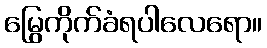
မြွေကိုက်ခံရပါလေရော။